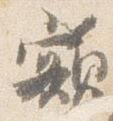
額